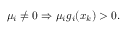
\mu _ { i } \neq 0 \Rightarrow \mu _ { i } g _ { i } ( x _ { k } ) > 0 .